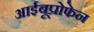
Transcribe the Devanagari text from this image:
आईबूप्रोफेन